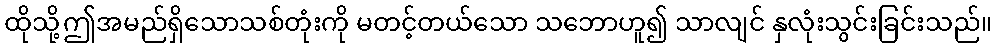
ထိုသို့ဤအမည်ရှိသောသစ်တုံးကို မတင့်တယ်သော သဘောဟူ၍ သာလျင် နှလုံးသွင်းခြင်းသည်။